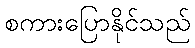
စကားပြောနိုင်သည်